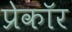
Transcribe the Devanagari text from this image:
प्रेकॉर